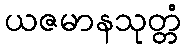
ယဇမာနသုတ္တံ